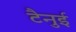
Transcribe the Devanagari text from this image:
टैनुई